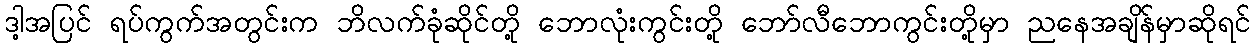
ဒါ့အပြင် ရပ်ကွက်အတွင်းက ဘိလက်ခုံဆိုင်တို့ ဘောလုံးကွင်းတို့ ဘော်လီဘောကွင်းတို့မှာ ညနေအချိန်မှာဆိုရင်